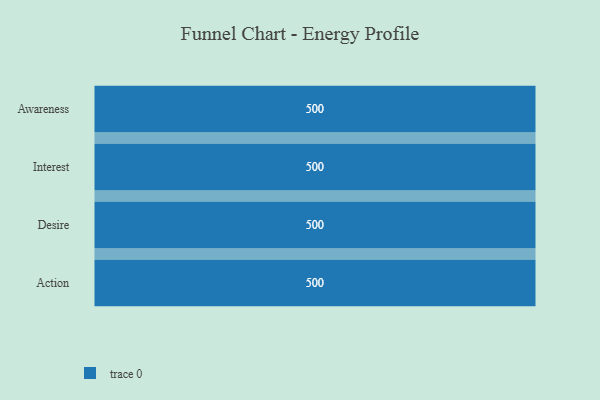
{"axis": {"x": "Stage", "y": "Value"}, "legend": [""], "data": [{"x": "Awareness", "y": 500, "type": ""}, {"x": "Interest", "y": 500, "type": ""}, {"x": "Desire", "y": 500, "type": ""}, {"x": "Action", "y": 500, "type": ""}]}